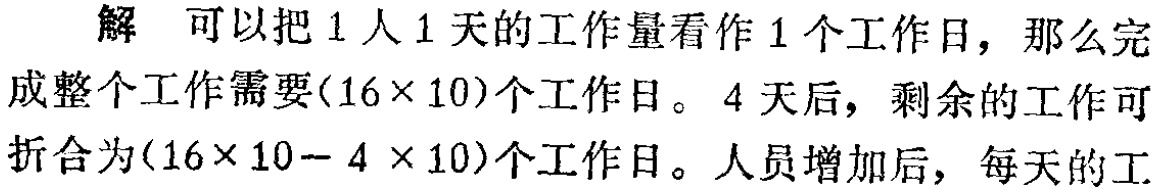
解 可以把1人1天的工作量看作1个工作日，那么完成整个工作需要$(16\times 10)$个工作日。4天后，剩余的工作可折合为$(16\times 10 - 4\times 10)$个工作日。人员增加后，每天的工